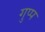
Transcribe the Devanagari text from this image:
गुप्प